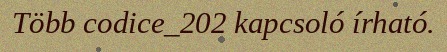
Több codice_202 kapcsoló írható.